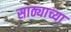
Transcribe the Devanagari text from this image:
साठ्याच्या